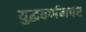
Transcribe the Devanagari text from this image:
युद्धवर्णनपर